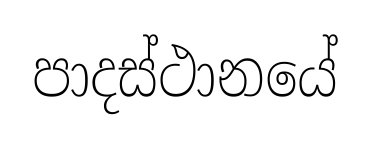
පාදස්ථානයේ